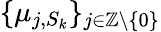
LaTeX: \{ \mu_{j,S_{k}}\} _{j\in\mathbb{Z}\backslash\{ 0\} }